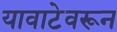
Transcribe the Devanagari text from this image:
यावाटेवरून